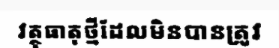
វត្ថុធាតុថ្មីដែលមិនបានត្រូវ